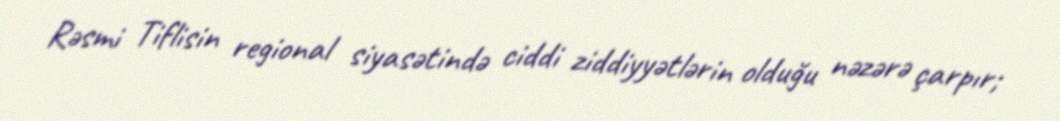
Rəsmi Tiflisin regional siyasətində ciddi ziddiyyətlərin olduğu nəzərə çarpır;